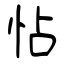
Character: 怗